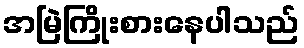
အမြဲကြိုးစားနေပါသည်